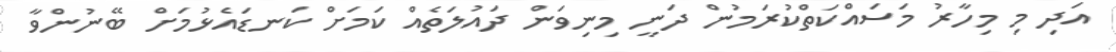
އަދި މި މިހާރު މަސައްކަތްކުރަމުން ދަނީ މިނިވަން ދައުލަތެއް ކަމަށް ކަނޑައެޅުމަށް ބޭނުންވާ